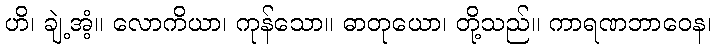
ဟိ၊ ချဲ့အံ့။ လောကိယာ၊ ကုန်သော။ ဓာတုယော၊ တို့သည်။ ကာရဏဘာဝေန၊